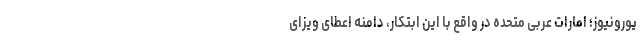
یورونیوز؛ امارات عربی متحده در واقع با این ابتکار، دامنه اعطای ویزای